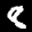
Label: 8